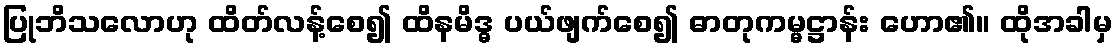
ပြုဘိသလောဟု ထိတ်လန့်စေ၍ ထိနမိဒ္ဓ ပယ်ဖျက်စေ၍ ဓာတုကမ္မဋ္ဌာန်း ဟော၏။ ထိုအခါမှ